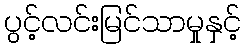
ပွင့်လင်းမြင်သာမှုနှင့်